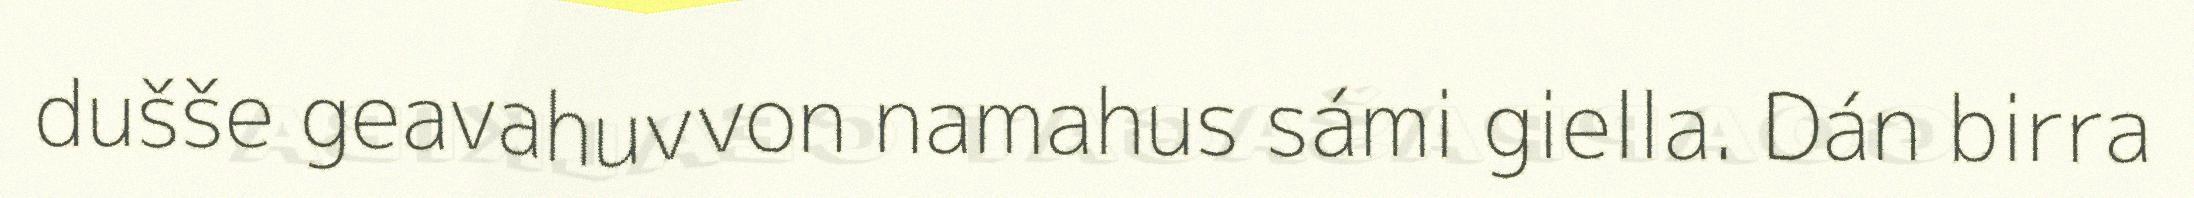
dušše geavahuvvon namahus sámi giella. Dán birra